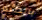
بالطبع